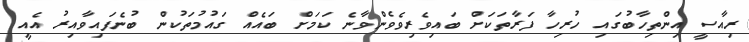
ރިއާސީ އިންތިހާބުގައި ހުރިހާ ފަރާތަކަށް ބައިވެރިވެވެންވާނެ ކަމަށް ބައެއް ގައުމުތަކުން ބުނެފައިވާއިރު އެއީ